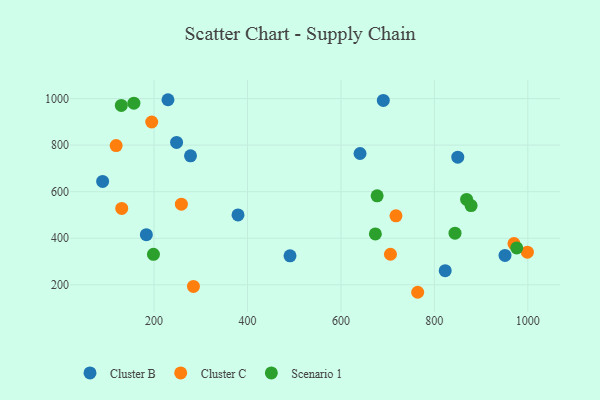
{"axis": {"x": "Distance", "y": "Demand"}, "legend": ["Cluster B", "Cluster C", "Scenario 1"], "data": [{"x": "823.2", "y": 260.5, "type": "Cluster B"}, {"x": "850.1", "y": 748.4, "type": "Cluster B"}, {"x": "379.7", "y": 500.0, "type": "Cluster B"}, {"x": "690.7", "y": 992.3, "type": "Cluster B"}, {"x": "183.5", "y": 415.5, "type": "Cluster B"}, {"x": "951.2", "y": 326.0, "type": "Cluster B"}, {"x": "229.8", "y": 995.1, "type": "Cluster B"}, {"x": "248.2", "y": 811.5, "type": "Cluster B"}, {"x": "491.0", "y": 324.4, "type": "Cluster B"}, {"x": "278.0", "y": 754.1, "type": "Cluster B"}, {"x": "89.9", "y": 643.9, "type": "Cluster B"}, {"x": "640.9", "y": 764.0, "type": "Cluster B"}, {"x": "764.3", "y": 167.9, "type": "Cluster C"}, {"x": "717.8", "y": 496.4, "type": "Cluster C"}, {"x": "706.0", "y": 331.2, "type": "Cluster C"}, {"x": "970.4", "y": 377.2, "type": "Cluster C"}, {"x": "195.0", "y": 899.3, "type": "Cluster C"}, {"x": "258.5", "y": 546.3, "type": "Cluster C"}, {"x": "118.8", "y": 798.1, "type": "Cluster C"}, {"x": "284.3", "y": 192.9, "type": "Cluster C"}, {"x": "999.1", "y": 340.2, "type": "Cluster C"}, {"x": "130.8", "y": 528.1, "type": "Cluster C"}, {"x": "129.9", "y": 970.8, "type": "Scenario 1"}, {"x": "673.7", "y": 418.6, "type": "Scenario 1"}, {"x": "869.0", "y": 567.0, "type": "Scenario 1"}, {"x": "198.7", "y": 331.0, "type": "Scenario 1"}, {"x": "976.3", "y": 358.6, "type": "Scenario 1"}, {"x": "677.5", "y": 582.1, "type": "Scenario 1"}, {"x": "156.8", "y": 980.3, "type": "Scenario 1"}, {"x": "844.2", "y": 421.8, "type": "Scenario 1"}, {"x": "878.6", "y": 540.2, "type": "Scenario 1"}]}